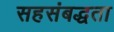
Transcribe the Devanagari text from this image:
सहसंबद्धता